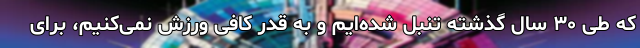
که طی ۳۰ سال گذشته تنبل شده‌ایم و به قدر کافی ورزش نمی‌کنیم، برای